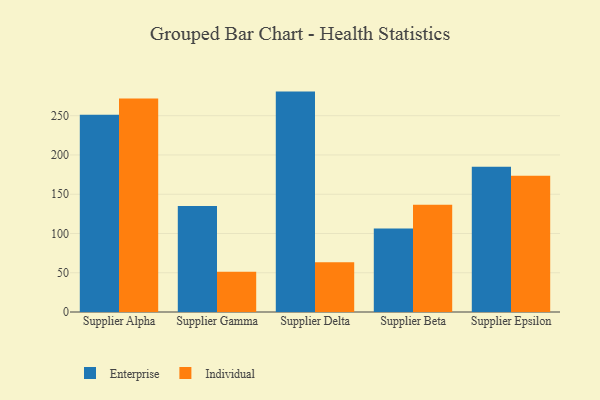
{"axis": {"x": "Supplier", "y": "Page Views"}, "legend": ["Enterprise", "Individual"], "data": [{"x": "Supplier Alpha", "y": 251.1, "type": "Enterprise"}, {"x": "Supplier Alpha", "y": 271.9, "type": "Individual"}, {"x": "Supplier Gamma", "y": 134.9, "type": "Enterprise"}, {"x": "Supplier Gamma", "y": 51.2, "type": "Individual"}, {"x": "Supplier Delta", "y": 280.7, "type": "Enterprise"}, {"x": "Supplier Delta", "y": 63.4, "type": "Individual"}, {"x": "Supplier Beta", "y": 106.4, "type": "Enterprise"}, {"x": "Supplier Beta", "y": 136.7, "type": "Individual"}, {"x": "Supplier Epsilon", "y": 185.0, "type": "Enterprise"}, {"x": "Supplier Epsilon", "y": 173.5, "type": "Individual"}]}